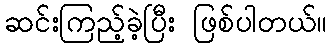
ဆင်းကြည့်ခဲ့ပြီး ဖြစ်ပါတယ်။